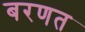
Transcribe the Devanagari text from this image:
बरणत